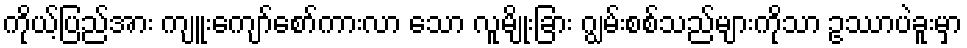
ကိုယ့်ပြည်အား ကျူးကျော်စော်ကားလာ သော လူမျိုးခြား ဂျွမ်းစစ်သည်များကိုသာ ဥဿာပဲခူးမှာ